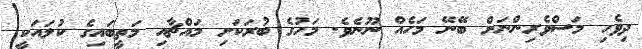
ދިވެހި މަސްވެރިންނަށް ބޭނޭ މަހެއް ނޫނެވެ. މަހުގެ ބުރަކަށި މައްޗާއި މަތީބައިގެ ކުލައަކީ